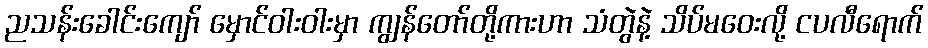
ညသန်းခေါင်းကျော် မှောင်ဝါးဝါးမှာ ကျွန်တော်တို့ကားဟာ သံတွဲနဲ့ သိပ်မဝေးလို့ ငပလီရောက်